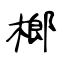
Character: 榔